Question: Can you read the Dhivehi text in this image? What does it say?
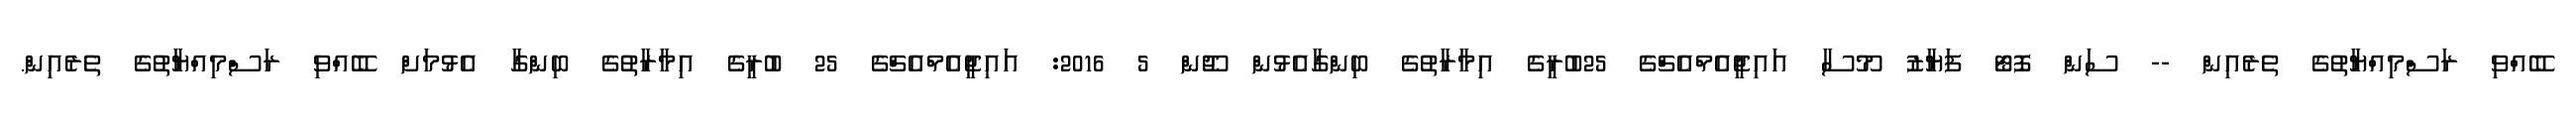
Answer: ބޭއްވި ރަސްމިއްޔާތުގެ ތެރެއިން -- ސަން ފޮޓޯ ފަޔާޒު މޫސާ އައިޖީއެމްއެޗްގެ 25ބުރީގެ އިމާރާތުގެ ބިންގާއެޅުން ޖޫން 5 2016: އައިޖީއެމްއެޗްގެ 25 ބުރީގެ އިމާރާތުގެ ބިންގާ އެޅުމަށް ބޭއްވި ރަސްމިއްޔާތުގެ ތެރެއިން.